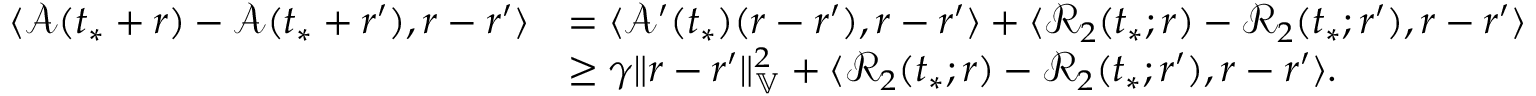
\begin{array} { r l } { \langle \mathcal { A } ( t _ { * } + r ) - \mathcal { A } ( t _ { * } + r ^ { \prime } ) , r - r ^ { \prime } \rangle } & { = \langle \mathcal { A } ^ { \prime } ( t _ { * } ) ( r - r ^ { \prime } ) , r - r ^ { \prime } \rangle + \langle \mathcal { R } _ { 2 } ( t _ { * } ; r ) - \mathcal { R } _ { 2 } ( t _ { * } ; r ^ { \prime } ) , r - r ^ { \prime } \rangle } \\ & { \ge \gamma \| r - r ^ { \prime } \| _ { \mathbb { V } } ^ { 2 } + \langle \mathcal { R } _ { 2 } ( t _ { * } ; r ) - \mathcal { R } _ { 2 } ( t _ { * } ; r ^ { \prime } ) , r - r ^ { \prime } \rangle . } \end{array}